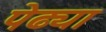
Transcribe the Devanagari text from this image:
पेढ्या